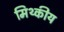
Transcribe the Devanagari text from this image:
मिथ्कीय